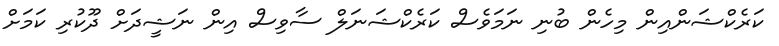
ކަރެކްޝަންއިން މިހެން ބުނި ނަމަވެސް ކަރެކްޝަނަލް ސާވިސް އިން ނަޝީދަށް ދޫކުރި ކަމަށް